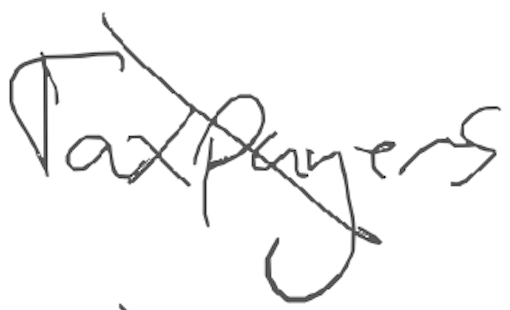
Text: Taxpayers
Cross-out: diagonal
Writing tool: digital_gray